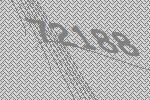
72188